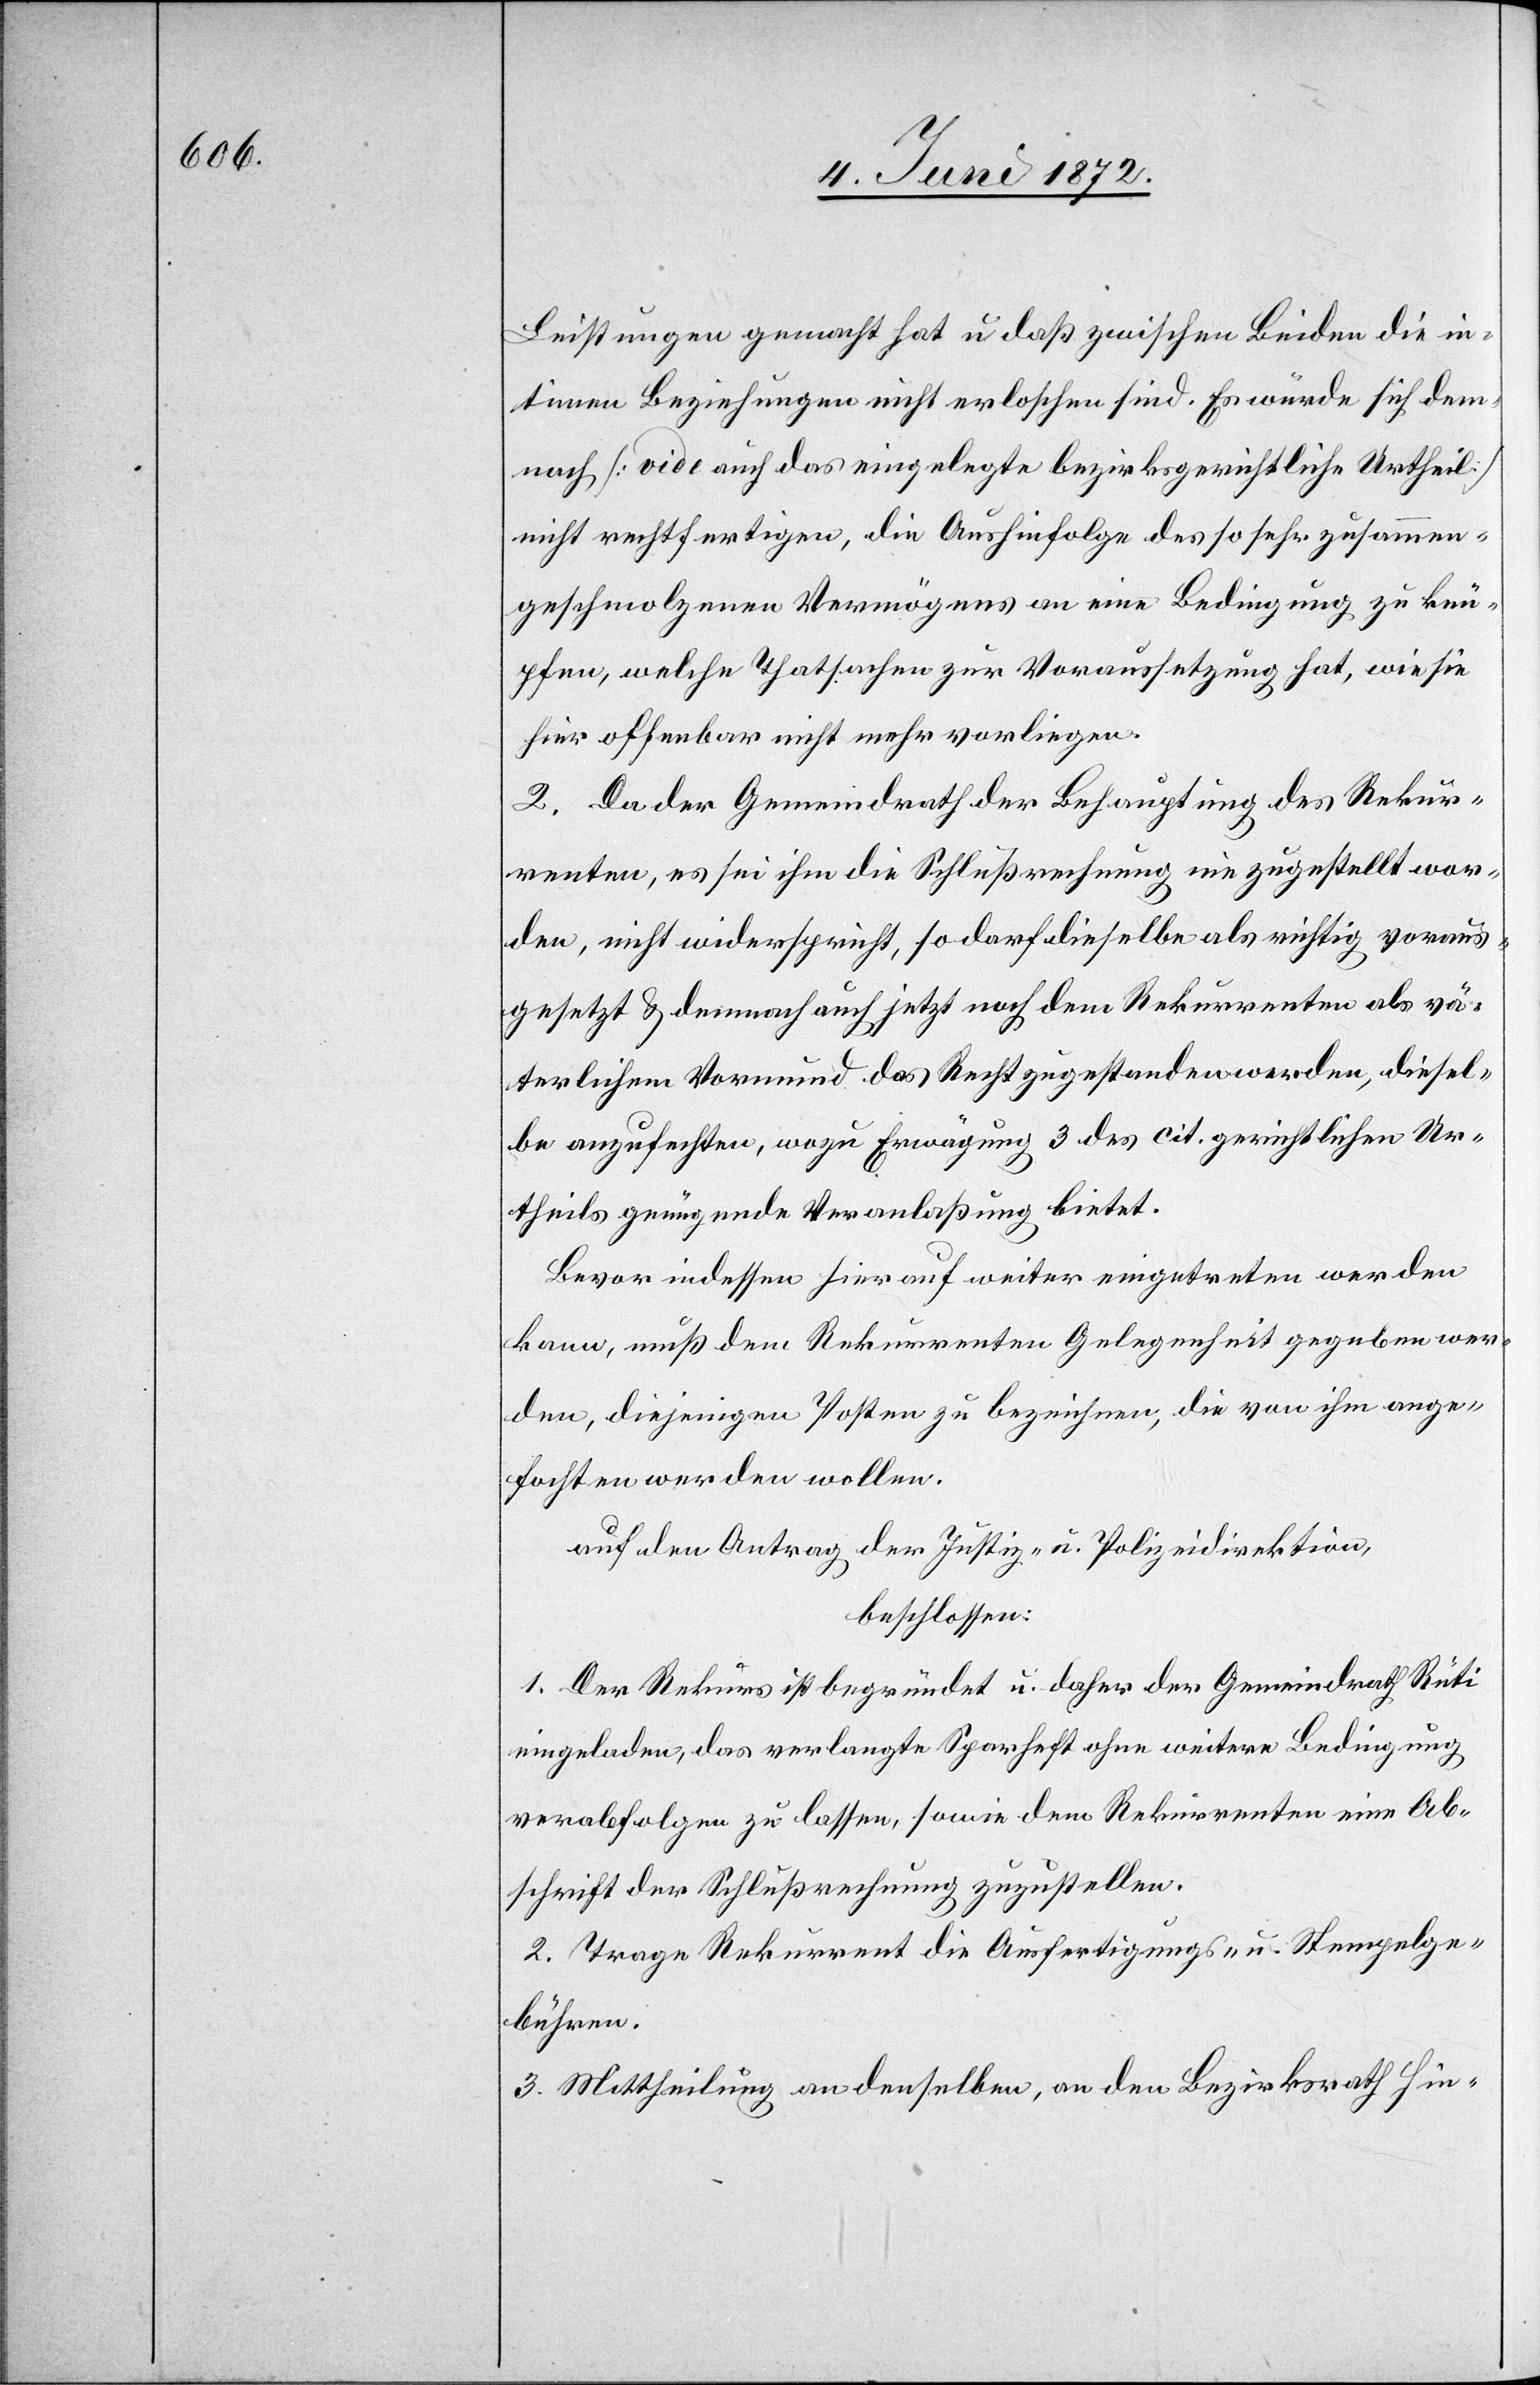
Leistungen gemacht hat u. daß zwischen Beiden die in¬
timen Beziehungen nicht erloschen sind. Es würde sich dem¬
nach [vide auch das eingelegte bezirksgerichtliche Urtheil]
nicht rechtfertigen, die Aushingabe des so sehr zusammen¬
geschmolzenen Vermögens an eine Bedingung zu knü¬
pfen, welche Thatsachen zur Voraussetzung hat, wie sie
hier offenbar nicht mehr vorliegen.
2. Da der Gemeindrath der Behauptung des Rekur¬
renten, es sei ihm die Schlußrechnung nie zugestellt wor¬
den, nicht widerspricht, so darf dieselbe als richtig voraus¬
gesetzt u. demnach auch jetzt noch dem Rekurrenten als vä¬
terlichem Vormund das Recht zugestanden werden, diesel¬
be anzufechten, wozu Erwägung 3 des cit. gerichtlichen Ur¬
theils genügende Veranlaßung bietet.
Bevor indessen hierauf weiter eingetreten werden
kann, muß dem Rekurrenten Gelegenheit gegeben wer¬
den, diejenigen Posten zu bezeichnen, die von ihm ange¬
fochten werden wollen.
auf den Antrag der Justiz- u. Polizeidirektion,
beschlossen:
1. Der Rekurs ist begründet u. daher der Gemeindrath Rüti
eingeladen, das verlangte Sparheft ohne weitere Bedingung
verabfolgen zu lassen, sowie dem Rekurrenten eine Ab¬
schrift der Schlußrechnung zuzustellen.
2. Trage Rekurrent die Ausfertigungs- u. Stempelge¬
bühren.
3. Mittheilung an denselben, an den Bezirksrath Hin-